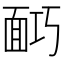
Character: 𩈎